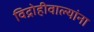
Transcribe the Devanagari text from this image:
विद्रोहीवाल्यांना